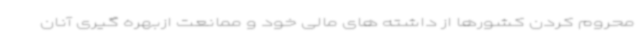
محروم کردن کشورها از داشته های مالی خود و ممانعت ازبهره گیری آنان